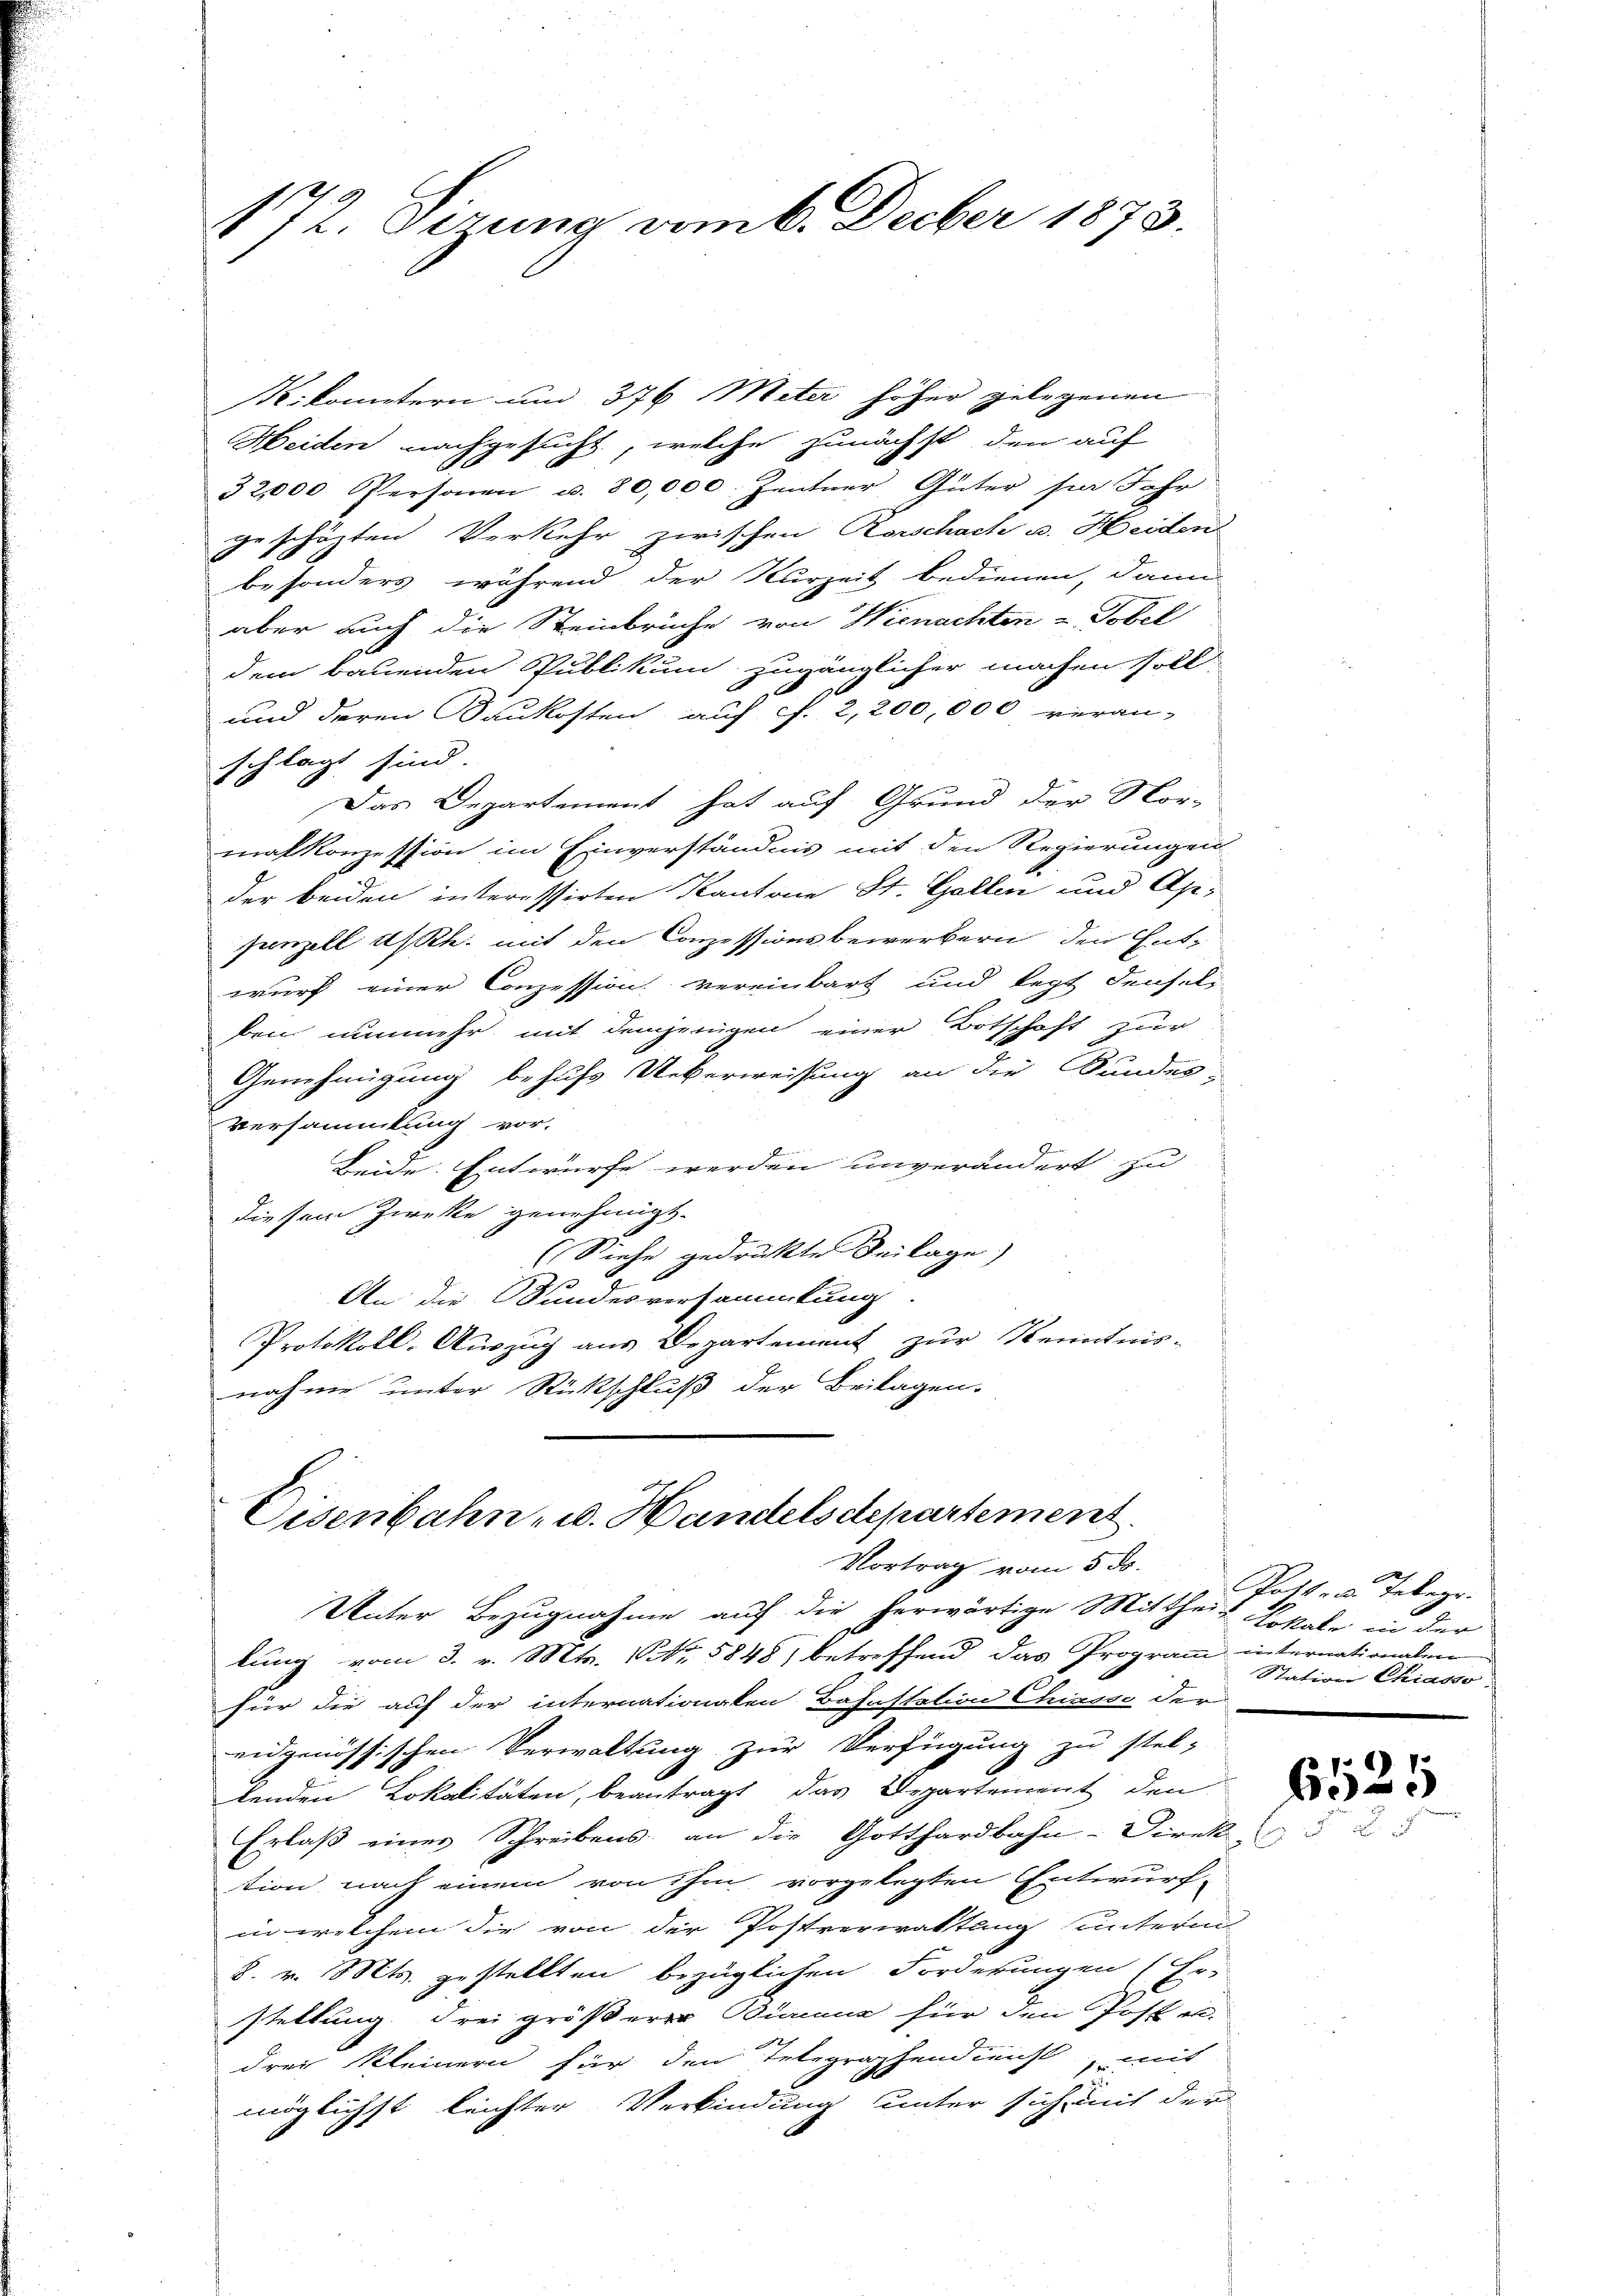
172. Derung vom 6. Decber 1873.

Kilometern und 376 Meter höher gelegenen
Meiden nachgesucht, welche zunächst den auf
32,000 Personen u. 80,000. Zentner Güter per Jahr
geschäzten Verkehr zwischen Rorschach u. Heiden
besonders während der Kurzeit bedienen, dann
aber auch die Steinbrüche von Hienachten u. Tobel
dem bauenden Publikum zugänglicher machen soll
und deren Baukosten auf cf. 2,200,000 veran-
schlagt sind.
Das Departement hat auf Grund der Nor-
malkonzession im Einverständnis mit den Regierungen
der beiden interessirten Kantone St. Gallen und Appenzell A/Rh. mit den Conzessionsbewerbern den Ent-
wurf einer Conzession vereinbart und legt densel
ben nunmehr mit demjenigen einer Botschaft zur
Genehmigung behufs Ueberweisung an die Bundes-
Versammlung vor.
Beide. Entwurfe werden unverändert zu
diesem Zwecke genehmigt.
(Siehe gedruckte Beilage
An die Stundesversammlung
Protokoll-Auszug aus Departement zur Kenntnis-
nahme unter Rückschluß der Beilagen.

Eisenbahn- u. Handelsdepartement.
Vortrag vom 5. ds.

Unter Bezugnahme auf die herwärtige Mitthei- Lokale in der
lung vom 3. v. Mts. No. 5848) betreffend das Programm internationalen
für die auf der internationaten Bahnstation Chiasso der
eidgenössischen Verwaltung zur Verfügung zu stel-
lenden Lokalitäten, beantragt, das Departement den
Erlaß einer Schreibens an die Gotthardbahn-Direk
tion nach einem von ihm vorgelegten Entwurf-
in welchem die von der Postverwaltung unterm
8. v. Mts. gestellten bezüglichen Forderungen (Er-
stellung drei größerer Binne für den Posten.
drei Kleinern für den Telegraphendienst, mit
möglichst leichter Verbindung unter sich mit der

Rottes Telegr.
Station Chiasso.

2